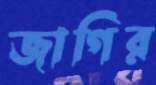
জাগির